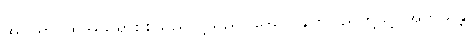
အသုရာ၊ ထိုအသုရာစစ်သည်တို့သည်။ ဒေဝေ၊ နတ်ပြည်တို့သို့။ အဘိယန္တိ၊